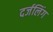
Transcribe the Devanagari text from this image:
दर्जलिंग